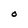
Character: O